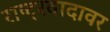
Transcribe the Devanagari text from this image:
राष्ट्रवादावर